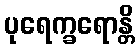
ပုရေက္ခရောန္တိ